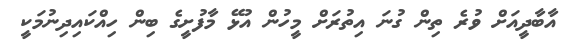
އާބާދީއަށް ވުރެ ތިން ގުނަ އިތުރަށް މީހުން އުޅޭ މާފުށީގެ ބިން ހިއްކައިދިނުމަކީ